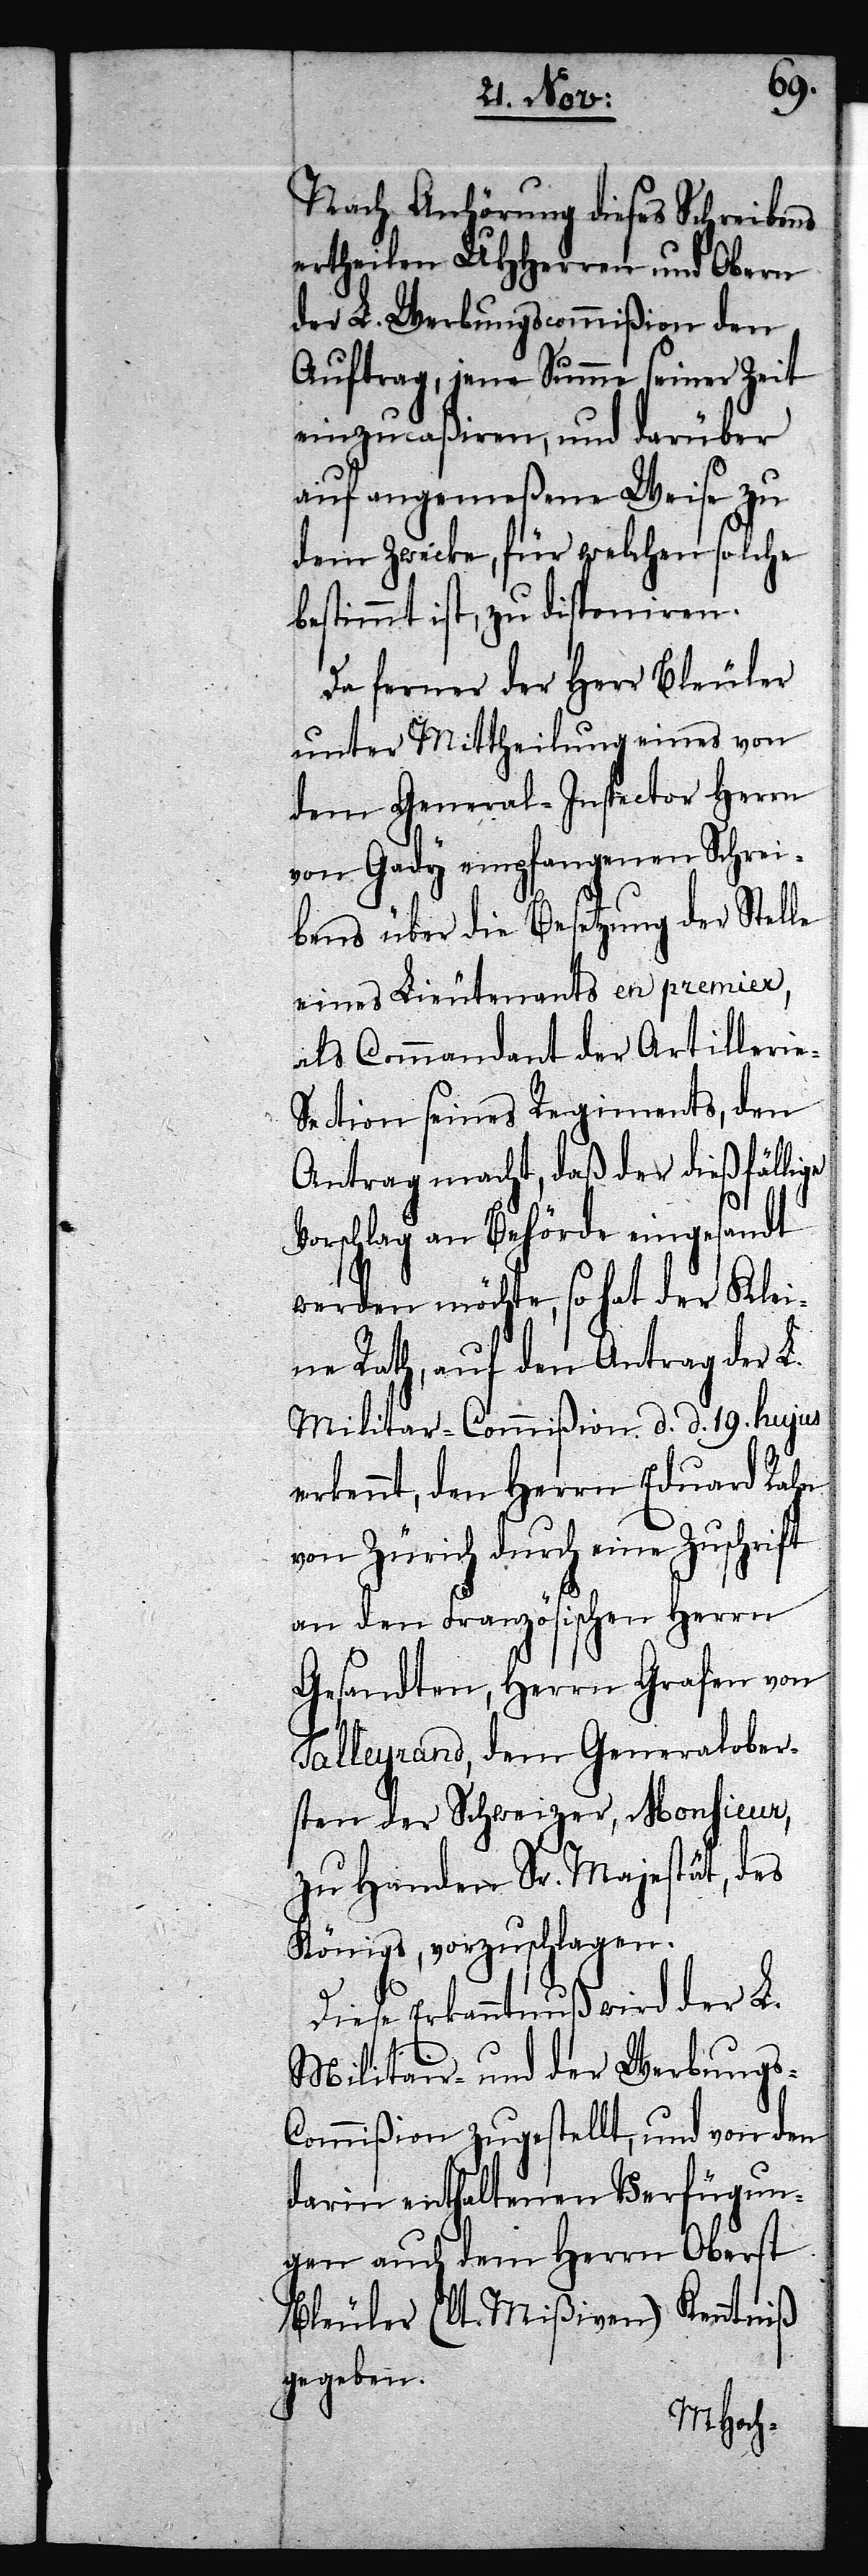
e-S¬
Nach Anhörung dieses Schreibens
ertheilen UHHerren und Obern
der L. Werbungscommißion den
Auftrag, jene Summe seiner Zeit
einzucaßiren, und darüber
auf angemeßene Weise zu
dem Zwecke, für welchen solche
bestimmt ist, zu disponiren.
Da ferner der Herr Bleuler
unter Mittheilung eines von
dem General-Inspector Herrn
von Gady empfangenen Schrei¬
bens über die Besetzung der Stelle
eines Lieutenants en premier,
als Commandant der Artilleri¬
ection seines Regiments, den
Antrag macht, daß der dießfällige
Vorschlag an Behörde eingesandt
werden möchte, so hat der Klei¬
ne Rath, auf den Antrag der L.
Militar-Commißion d. d. 19. hujus
erkennt, den Herrn Eduard Rahn
von Zürich durch eine Zuschrift
an den Französischen Herrn
Gesandten, Herrn Grafen von
Talleyrand, dem Generalober¬
sten der Schweizer, Monsieur,
zu Handen Sr. Majestät, des
Königs, vorzuschlagen.
Diese Erkanntnuß wird der L.
Militair- und der Werbungs-C¬
ommißion zugestellt, und von den
darin enthaltenen Verfügun¬
gen auch dem Herrn Oberst
Bleuler (lt. Mißiven) Kenntniß
gegeben.